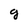
Character: q